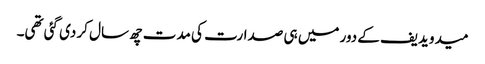
میدویدیف کے دور میں ہی صدارت کی مدت چھ سال کر دی گئی تھی۔